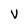
Character: v